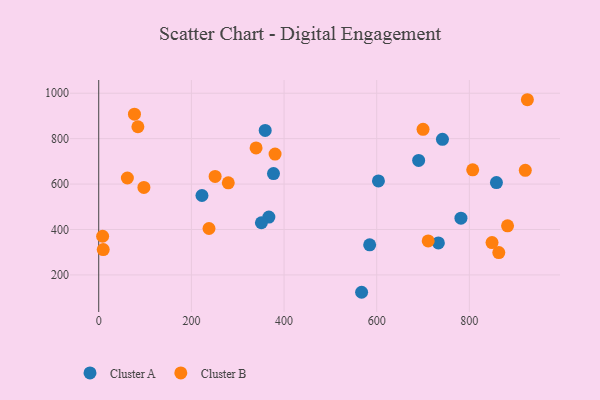
{"axis": {"x": "Ad Spend", "y": "Salary"}, "legend": ["Cluster A", "Cluster B"], "data": [{"x": "584.8", "y": 332.6, "type": "Cluster A"}, {"x": "690.5", "y": 703.9, "type": "Cluster A"}, {"x": "741.9", "y": 797.1, "type": "Cluster A"}, {"x": "367.2", "y": 454.8, "type": "Cluster A"}, {"x": "567.4", "y": 123.6, "type": "Cluster A"}, {"x": "603.7", "y": 613.8, "type": "Cluster A"}, {"x": "359.3", "y": 836.0, "type": "Cluster A"}, {"x": "781.8", "y": 449.8, "type": "Cluster A"}, {"x": "733.1", "y": 340.8, "type": "Cluster A"}, {"x": "858.4", "y": 606.6, "type": "Cluster A"}, {"x": "351.1", "y": 429.7, "type": "Cluster A"}, {"x": "377.2", "y": 646.3, "type": "Cluster A"}, {"x": "222.8", "y": 549.6, "type": "Cluster A"}, {"x": "863.5", "y": 298.5, "type": "Cluster B"}, {"x": "711.1", "y": 349.8, "type": "Cluster B"}, {"x": "925.2", "y": 971.3, "type": "Cluster B"}, {"x": "97.5", "y": 585.1, "type": "Cluster B"}, {"x": "8.4", "y": 370.3, "type": "Cluster B"}, {"x": "807.2", "y": 662.9, "type": "Cluster B"}, {"x": "238.0", "y": 404.4, "type": "Cluster B"}, {"x": "848.9", "y": 342.3, "type": "Cluster B"}, {"x": "700.0", "y": 841.0, "type": "Cluster B"}, {"x": "84.5", "y": 852.3, "type": "Cluster B"}, {"x": "380.6", "y": 732.1, "type": "Cluster B"}, {"x": "77.1", "y": 907.5, "type": "Cluster B"}, {"x": "279.6", "y": 605.4, "type": "Cluster B"}, {"x": "920.7", "y": 660.7, "type": "Cluster B"}, {"x": "882.4", "y": 416.0, "type": "Cluster B"}, {"x": "9.7", "y": 311.8, "type": "Cluster B"}, {"x": "61.8", "y": 626.7, "type": "Cluster B"}, {"x": "339.6", "y": 759.2, "type": "Cluster B"}, {"x": "251.2", "y": 633.5, "type": "Cluster B"}]}